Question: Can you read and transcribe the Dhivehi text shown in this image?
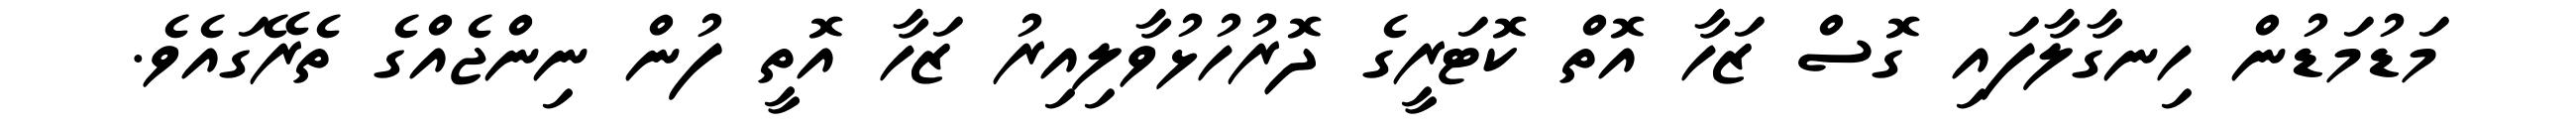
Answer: މަޑުމަޑުން ހިނގާލާފައި ގޮސް ޒަހާ އޮތް ކޮޓަރީގެ ދޮރުހުޅުވާލިއިރު ޒަހާ އޮތީ ފުން ނިންޖެއްގެ ތެރޭގައެވެ.